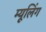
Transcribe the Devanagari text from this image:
म्यूलिंग